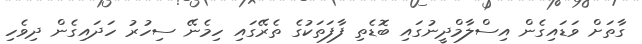
ގާތަށް ވަޑައިގެން އިސްލާމްދީނުގައި ބޮޑެތި ފާފަތަކުގެ ތެރޭގައި ހިމެނޭ ސިހުރު ހަދައިގެން ދިވެހި